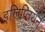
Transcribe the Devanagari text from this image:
इजिप्तियन